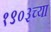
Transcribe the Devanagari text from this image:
१९०३च्या